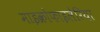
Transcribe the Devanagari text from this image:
माइक्रोफाइलेरिया